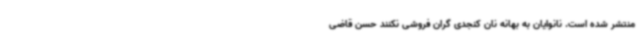
منتشر شده است. نانوایان به بهانه نان کنجدی گران فروشی نکنند حسن قاضی